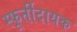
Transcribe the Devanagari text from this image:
स्फूर्तीदायक